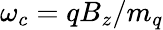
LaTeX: \omega_{c}=qB_{z}/m_{q}